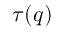
\tau ( q )